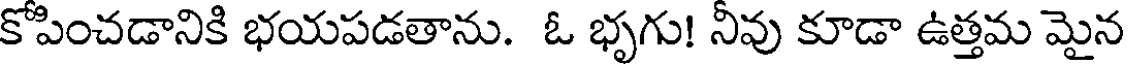
కోపించడానికి భయపడతాను. ఓ భృగు! నీవు కూడా ఉత్తమ మైన